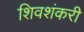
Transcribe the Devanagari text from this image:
शिवशंकरी